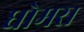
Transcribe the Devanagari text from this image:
धोमरा